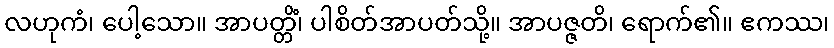
လဟုကံ၊ ပေါ့သော။ အာပတ္တိံ၊ ပါစိတ်အာပတ်သို့။ အာပဇ္ဇတိ၊ ရောက်၏။ ဧကဿ၊